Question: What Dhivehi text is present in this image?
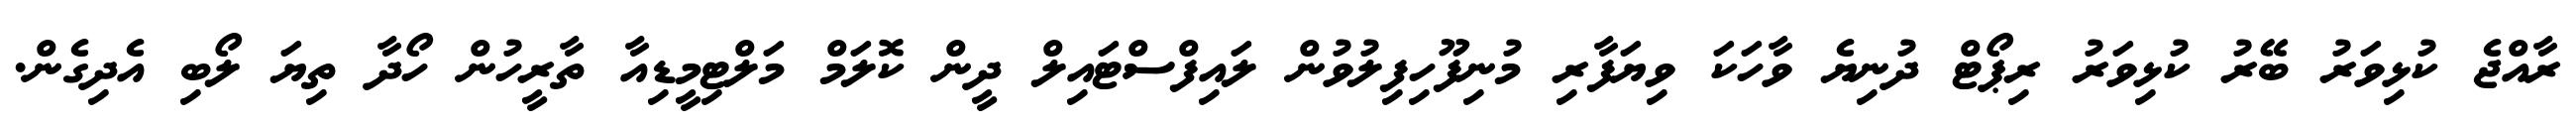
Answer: ރާއްޖެ ކުޅިވަރު ބޭރު ކުޅިވަރު ރިޕޯޓް ދުނިޔެ ވާހަކަ ވިޔަފާރި މުނިފޫހިފިލުވުން ލައިފްސްޓައިލް ދީން ކޮލަމް މަލްޓިމީޑިއާ ތާރީހުން ހޯދާ ތިޔަ ލޯބި އެދިގެން.